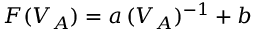
F ( V _ { A } ) = a \, ( V _ { A } ) ^ { - 1 } + b